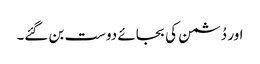
اور دُشمن کی بجائے دوست بن گئے۔